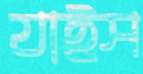
যাইস